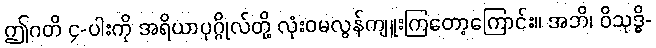
ဤဂတိ ၄-ပါးကို အရိယာပုဂ္ဂိုလ်တို့ လုံးဝမလွန်ကျူးကြတော့ကြောင်း။ အဘိ၊ ဝိသုဒ္ဓိ-